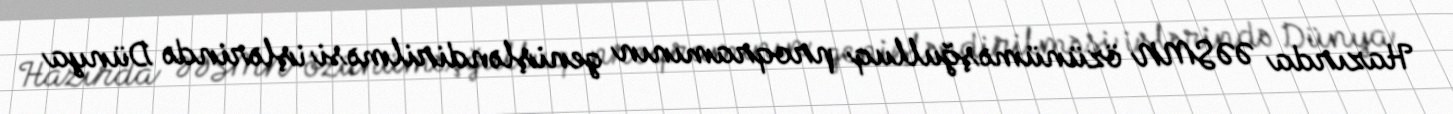
Hazırda ƏƏSMN özünüməşğulluq proqramının genişləndirilməsi işlərində Dünya